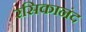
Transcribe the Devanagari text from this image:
रसिकानंद